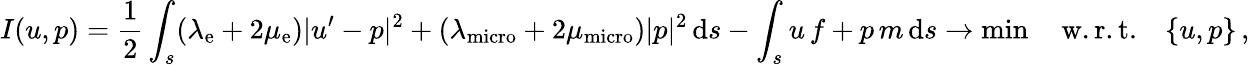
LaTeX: I(u,p)=\frac{1}{2}\int_{s}(\lambda_{\mathrm{e}}+2\mu_{\mathrm{e}})|u^{\prime}-p|^{2}+(\lambda_{\mathrm{micro}}+2\mu_{\mathrm{micro}})|p|^{2}\, \mathrm{d}s-\int_{s}u\, f+p\, m\, \mathrm{d}s\to\operatorname*{min}\quad\mathrm{w.r.t.}\quad\{ u,p\} \, ,